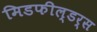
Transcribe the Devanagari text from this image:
मिडफील्‍डर्स